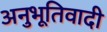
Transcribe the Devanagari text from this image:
अनुभूतिवादी